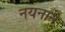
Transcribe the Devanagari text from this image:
नयनाने